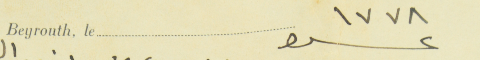
عدد ١٧٧٨					Beyrouth, le